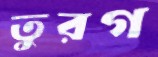
তুরগ